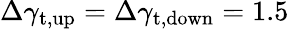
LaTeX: \Delta\gamma_{\mathrm{t,up}}=\Delta\gamma_{\mathrm{t,down}}=1.5